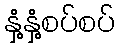
နှံ့နှံ့စပ်စပ်